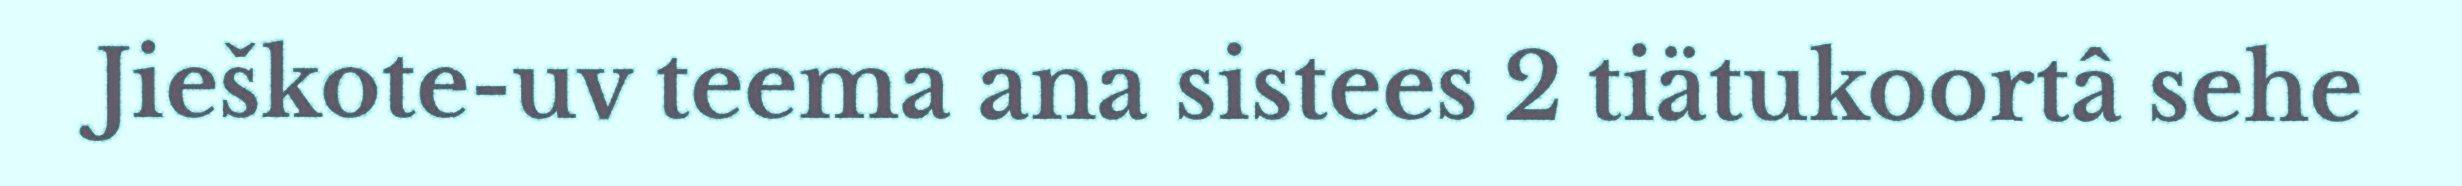
Jieškote-uv teema ana sistees 2 tiätukoortâ sehe